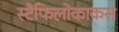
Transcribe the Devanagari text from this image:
स्टैफिलोकाकस